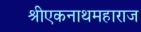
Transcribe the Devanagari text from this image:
श्रीएकनाथमहाराज